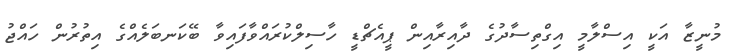
މުނީޒާ އަކީ އިސްލާމީ އިގްތިސާދުގެ ދާއިރާއިން ޕީއެޗްޑީ ހާސިލްކުރައްވާފައިވާ ބޭކަނބަލެއްގެ އިތުރުން ހައްޖު